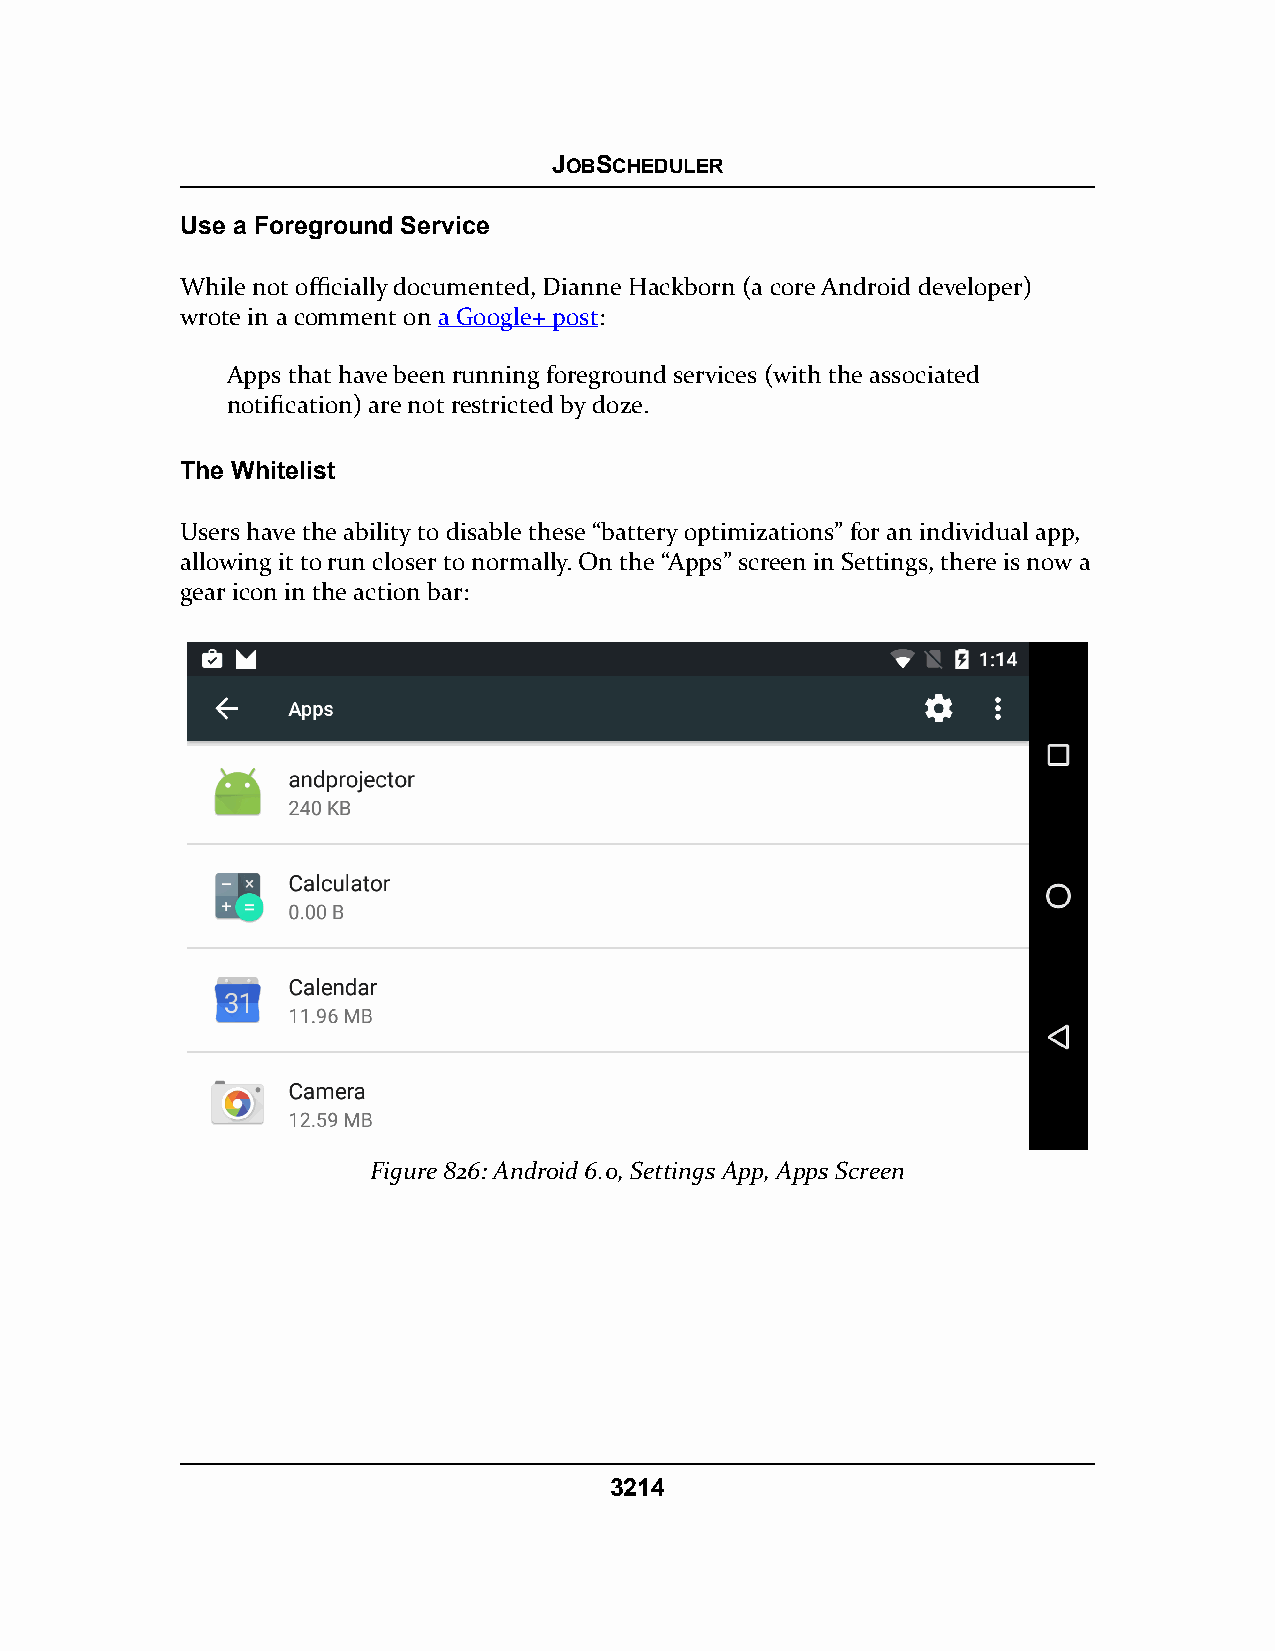
JOBSCHEDULER
 Use a Foreground Service
 While not officially documented, Dianne Hackborn (a core Android developer)
 wrote in a comment on a Google+ post:
 Apps that have been running foreground services (with the associated
 notification) are not restricted by doze.
 The Whitelist
 Users have the ability to disable these “battery optimizations” for an individual app,
 allowing it to run closer to normally. On the “Apps” screen in Settings, there is now a
 gear icon in the action bar:
 Figure 826: Android 6.0, Settings App, Apps Screen
 3214